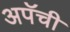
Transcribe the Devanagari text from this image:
अपॅची